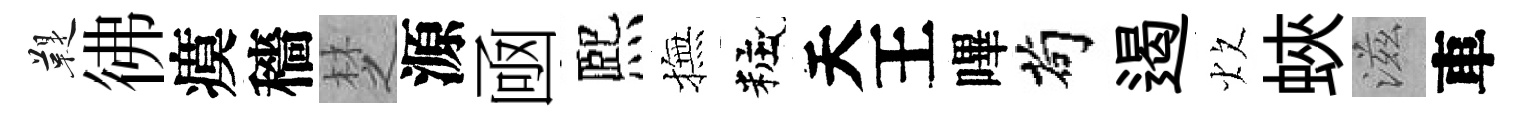
鞮彿瘼穡椘源凾熈撫粧天王嗶茍遏炊蛺滋車